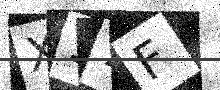
Text: X17F